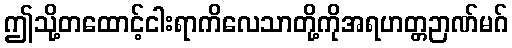
ဤသို့တထောင့်ငါးရာကိလေသာတို့ကိုအရဟတ္တဉာဏ်မဂ်